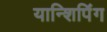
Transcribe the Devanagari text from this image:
यान्शिपिंग